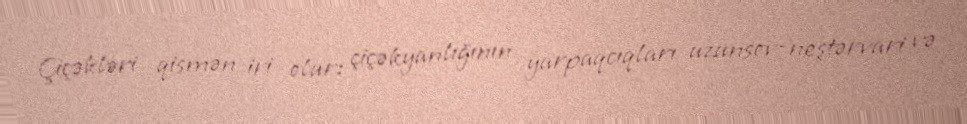
Çiçəkləri qismən iri olur: çiçəkyanlığının yarpaqcıqları uzunsov-neştərvari və